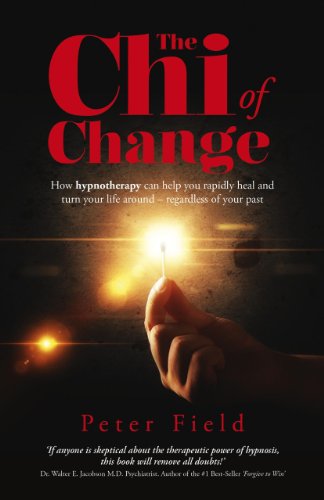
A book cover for The Chi of Change: How hypnotherapy can help you heal and turn your life around - regardless of your past; Peter Field; Health, Fitness & Dieting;